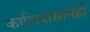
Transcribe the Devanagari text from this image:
कालिदासानेही